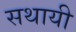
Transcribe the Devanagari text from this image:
सथायी